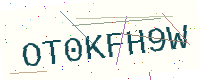
Text: OT0KFH9W